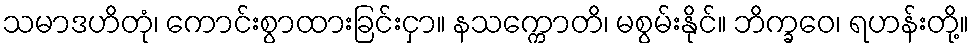
သမာဒဟိတုံ၊ ကောင်းစွာထားခြင်းငှာ။ နသက္ကောတိ၊ မစွမ်းနိုင်။ ဘိက္ခဝေ၊ ရဟန်းတို့။